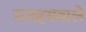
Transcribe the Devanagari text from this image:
मजहबवाले